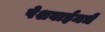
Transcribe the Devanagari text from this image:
पेशवाईमधे